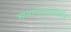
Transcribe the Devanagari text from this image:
सामान्यजनांपर्यंत